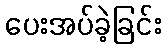
ပေးအပ်ခဲ့ခြင်း